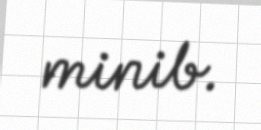
minib.